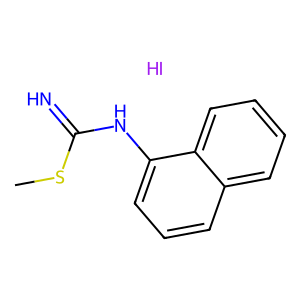
SMILES: CSC(=N)Nc1cccc2ccccc12.I
Inhibits HIV replication: No